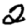
Digit: 2